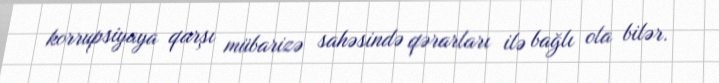
korrupsiyaya qarşı mübarizə sahəsində qərarları ilə bağlı ola bilər.